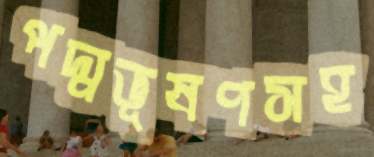
পদ্মভূষণসহ